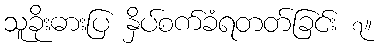
သူခိုးဓားပြ နှိပ်စက်ခံရတတ်ခြင်း ၇။